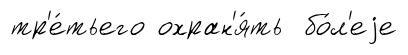
тр'е́тьего охран'я́ть бо́л'еjе